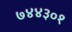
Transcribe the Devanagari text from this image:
७४४३०१